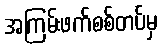
အကြမ်းဖက်စစ်တပ်မှ